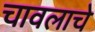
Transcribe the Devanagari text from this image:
चावलाचे